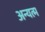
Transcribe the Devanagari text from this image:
अन्यत्म